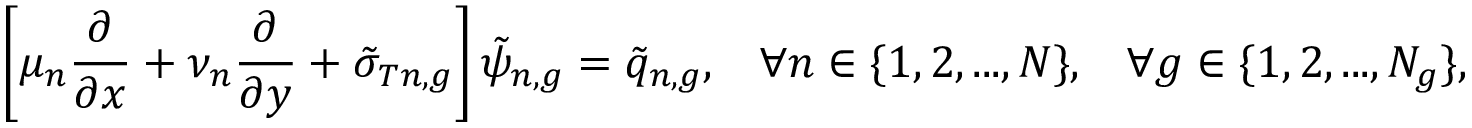
\left[ \mu _ { n } \frac { \partial } { \partial x } + \nu _ { n } \frac { \partial } { \partial y } + \tilde { \sigma } _ { T n , g } \right] \tilde { \psi } _ { n , g } = \tilde { q } _ { n , g } , \; \; \; \forall n \in \{ 1 , 2 , . . . , N \} , \; \; \; \forall g \in \{ 1 , 2 , . . . , N _ { g } \} ,